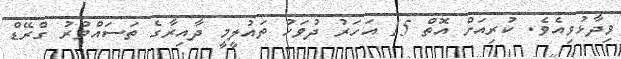
ވިދާޅުވިއެވެ. ކުރިއަށް އޮތް 15 އަހަރު ދުވަހު ތައުލީމީ ދާއިރާގެ ތަސައްވުރު ގްރޭޑް